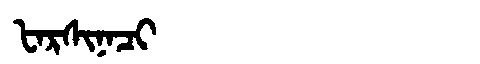
Manchu: ᡶᠠᡵᠰᡳᠨᠠᠴᡳ
Romanization: FARSINACI